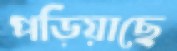
পড়িয়াছে